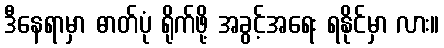
ဒီနေရာမှာ ဓာတ်ပုံ ရိုက်ဖို့ အခွင့်အရေး ရနိုင်မှာ လား။